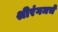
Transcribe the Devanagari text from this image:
श्रीरंगमचे